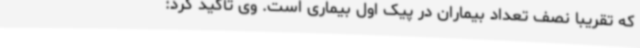
که تقریباً نصف تعداد بیماران در پیک اول بیماری است. وی تأکید کرد: